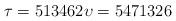
LaTeX: \begin{align*} \tau = 513462 \upsilon = 5471326\end{align*}